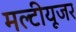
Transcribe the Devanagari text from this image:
मल्टीयूजर